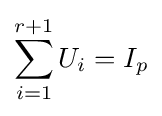
\sum _{i=1}^{r+1}U_{i}=I_{p}